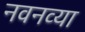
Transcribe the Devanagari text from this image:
नवनव्‍या